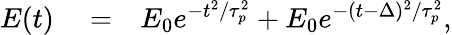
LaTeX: \begin{array}{rlr}{E(t)}&{{}=}&{E_{0}e^{-t^{2}/\tau_{p}^{2}}+E_{0}e^{-(t-\Delta)^{2}/\tau_{p}^{2}},}\end{array}